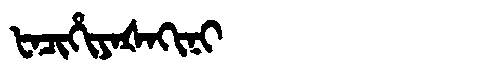
Manchu: ᡶᠠᠴᡳᡥᡳᠶᠠᡧᠠᡴᡳᠨᡳ
Romanization: FACIHIYAŠAKINI